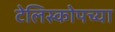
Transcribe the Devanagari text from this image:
टेलिस्कोपच्या